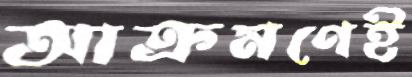
আক্রমণেই